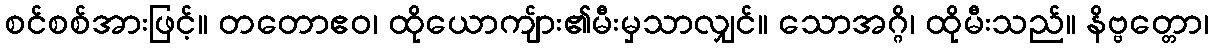
စင်စစ်အားဖြင့်။ တတောဧဝ၊ ထိုယောကျ်ား၏မီးမှသာလျှင်။ သောအဂ္ဂိ၊ ထိုမီးသည်။ နိဗ္ဗတ္တော၊